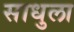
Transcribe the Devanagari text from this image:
साधुला